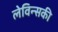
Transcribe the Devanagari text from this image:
लेविन्सकी